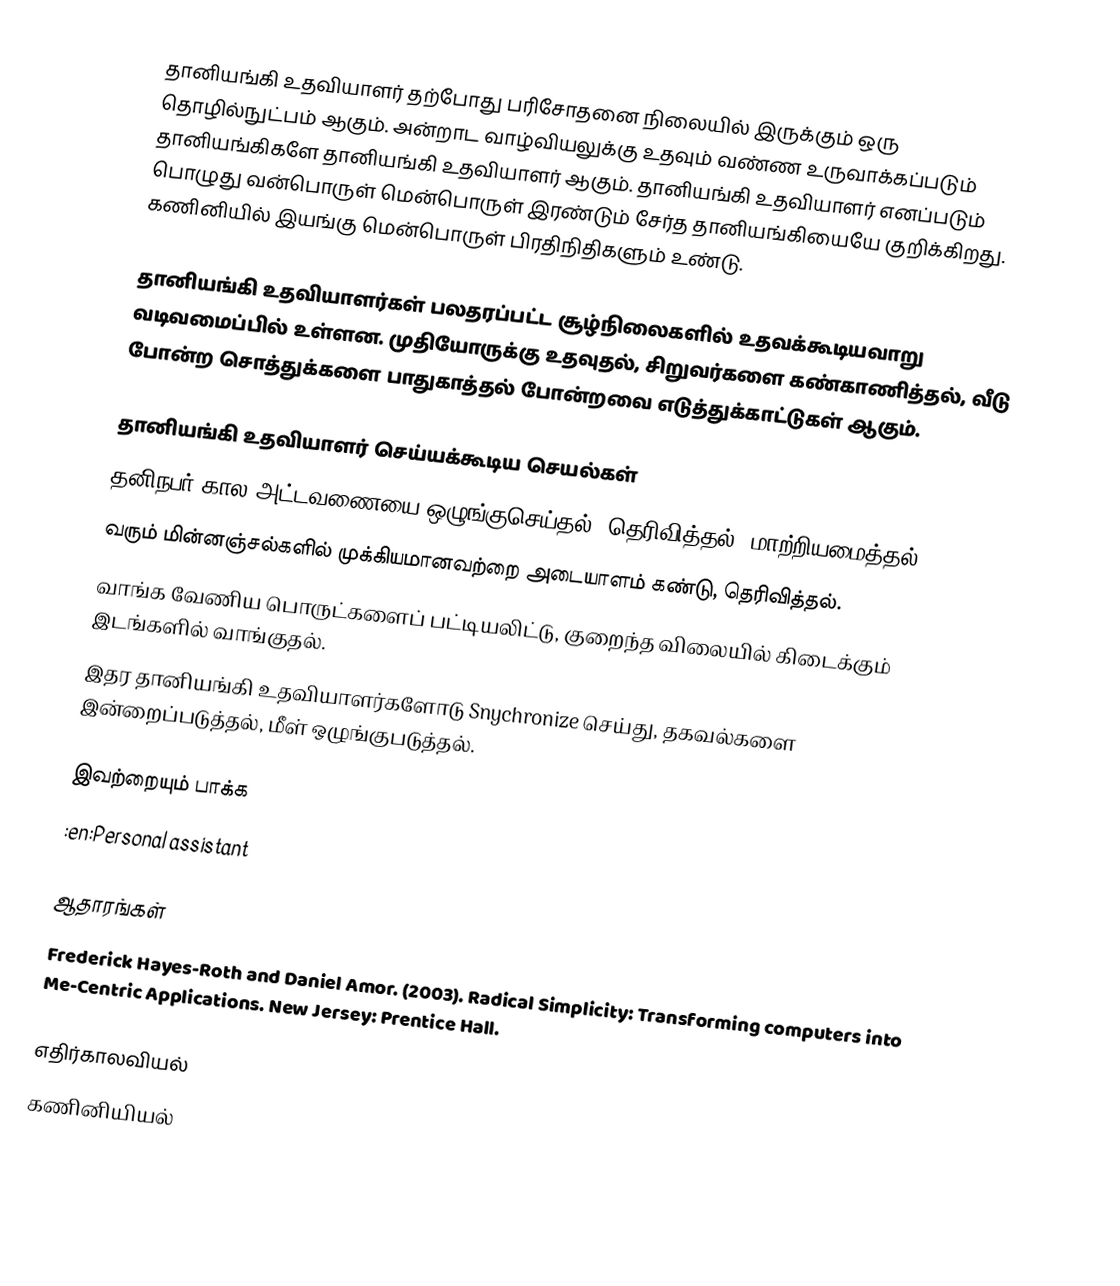
தானியங்கி உதவியாளர் தற்போது பரிசோதனை நிலையில் இருக்கும் ஒரு தொழில்நுட்பம் ஆகும். அன்றாட வாழ்வியலுக்கு உதவும் வண்ண உருவாக்கப்படும் தானியங்கிகளே தானியங்கி உதவியாளர் ஆகும். தானியங்கி உதவியாளர் எனப்படும் பொழுது வன்பொருள் மென்பொருள் இரண்டும் சேர்த தானியங்கியையே குறிக்கிறது. கணினியில் இயங்கு மென்பொருள் பிரதிநிதிகளும் உண்டு.

தானியங்கி உதவியாளர்கள் பலதரப்பட்ட சூழ்நிலைகளில் உதவக்கூடியவாறு வடிவமைப்பில் உள்ளன. முதியோருக்கு உதவுதல், சிறுவர்களை கண்காணித்தல், வீடு போன்ற சொத்துக்களை பாதுகாத்தல் போன்றவை எடுத்துக்காட்டுகள் ஆகும்.

தானியங்கி உதவியாளர் செய்யக்கூடிய செயல்கள்
 தனிநபர் கால அட்டவணையை ஒழுங்குசெய்தல், தெரிவித்தல், மாற்றியமைத்தல்.
 வரும் மின்னஞ்சல்களில் முக்கியமானவற்றை அடையாளம் கண்டு, தெரிவித்தல்.
 வாங்க வேணிய பொருட்களைப் பட்டியலிட்டு, குறைந்த விலையில் கிடைக்கும் இடங்களில் வாங்குதல்.
 இதர தானியங்கி உதவியாளர்களோடு Snychronize செய்து, தகவல்களை இன்றைப்படுத்தல், மீள் ஒழுங்குபடுத்தல்.

இவற்றையும் பாக்க
 :en:Personal assistant

ஆதாரங்கள்
 Frederick Hayes-Roth and Daniel Amor. (2003). Radical Simplicity: Transforming computers into Me-Centric Applications. New Jersey: Prentice Hall.

எதிர்காலவியல்
கணினியியல்